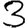
Digit: 3